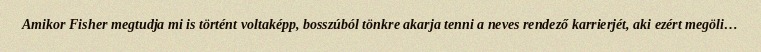
Amikor Fisher megtudja mi is történt voltaképp, bosszúból tönkre akarja tenni a neves rendező karrierjét, aki ezért megöli…